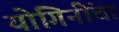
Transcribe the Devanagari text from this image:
योगिनींचा